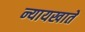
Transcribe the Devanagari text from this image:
न्यायखाते